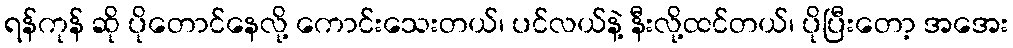
ရန်ကုန် ဆို ပိုတောင်နေလို့ ကောင်းသေးတယ်၊ ပင်လယ်နဲ့ နီးလို့ထင်တယ်၊ ပိုပြီးတော့ အအေး